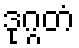
ဒုဂ္ဂတံ